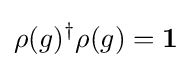
\rho (g)^{\dagger }\rho (g)=\mathbf {1}